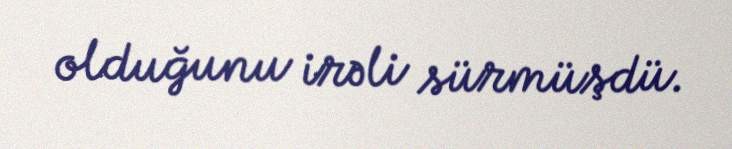
olduğunu irəli sürmüşdü.